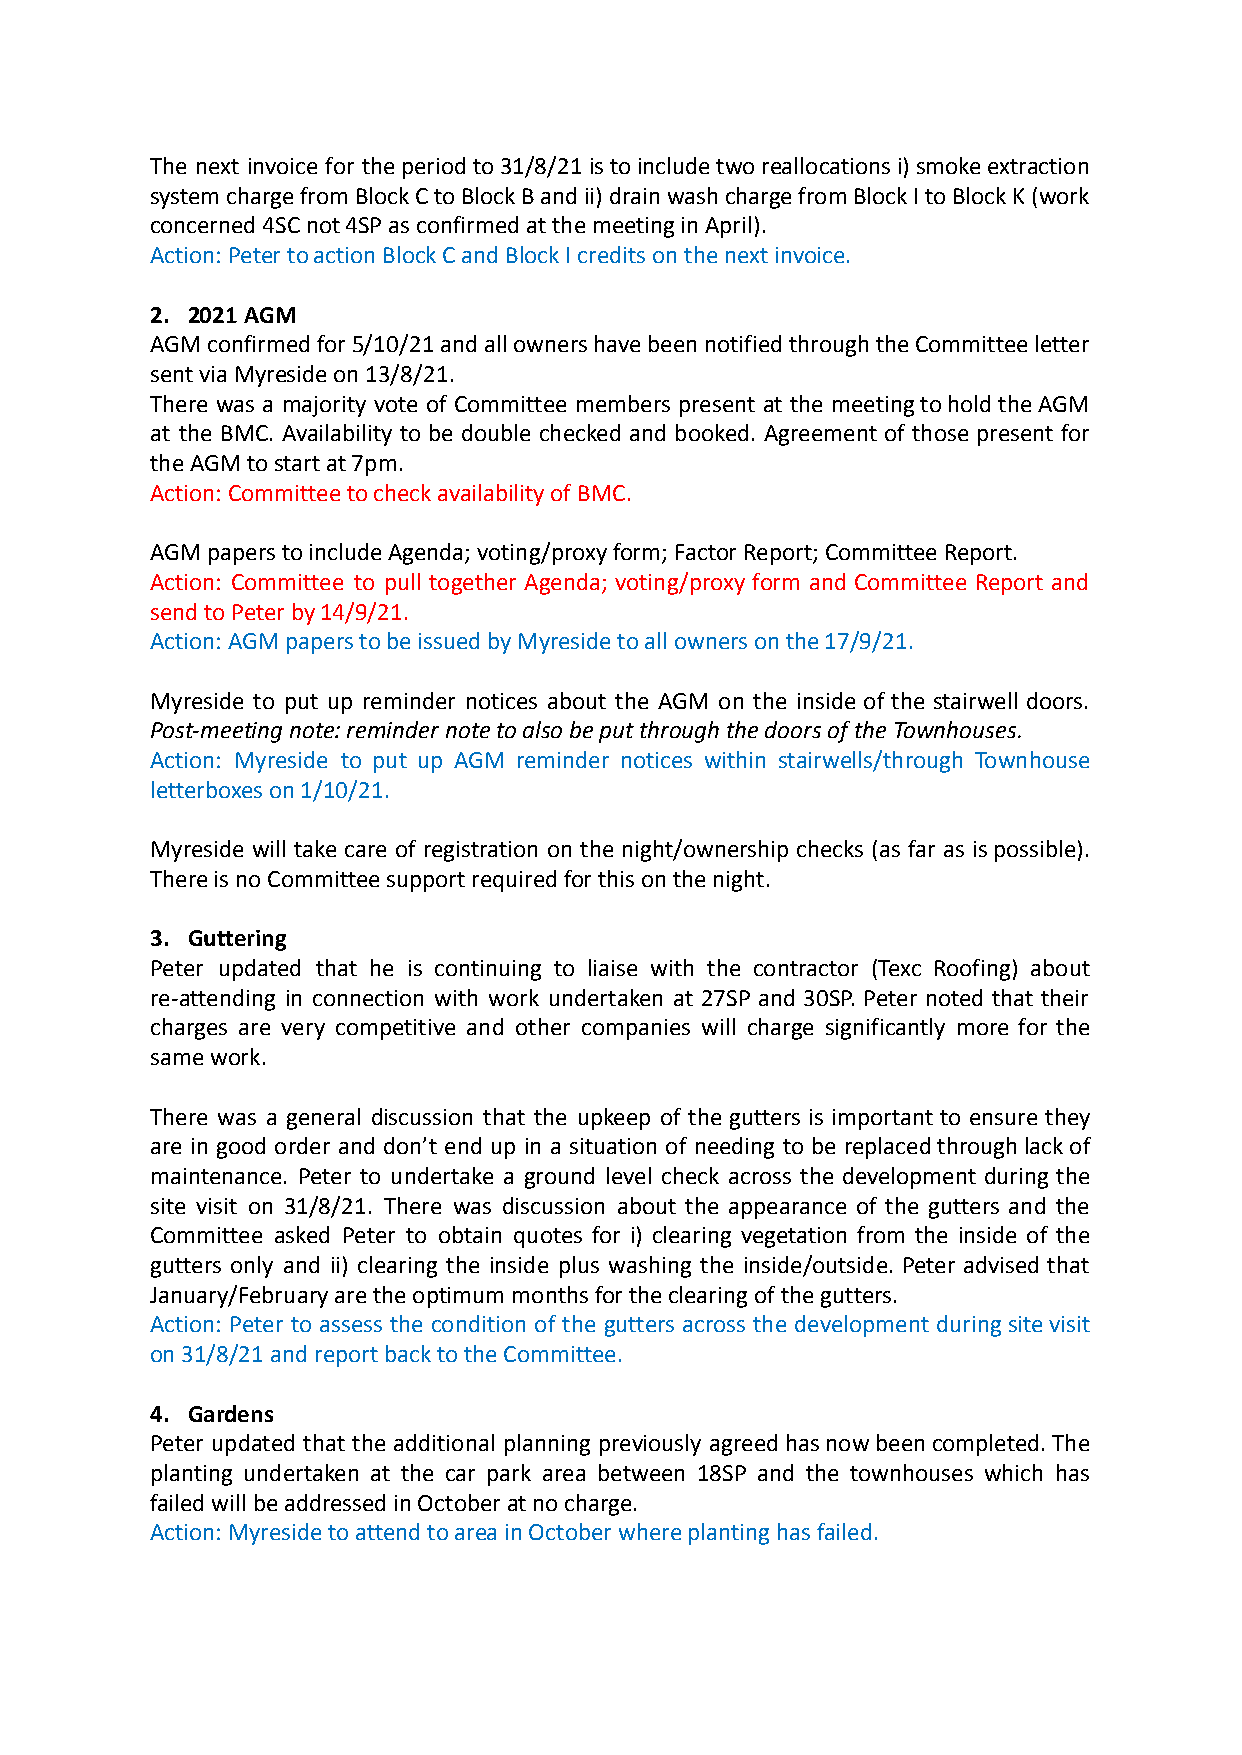
The next invoice for theperiodto31/8/21istoincludetworeallocationsi)smokeextraction
 systemchargefromBlockCtoBlockBandii)drainwashchargefromBlockItoBlockK(work
 concerned 4SC not 4SP as confirmed at the meeting in April).
 Action: Peter to action Block C and Block I credits on the next invoice.
 2. 2021 AGM
 AGMconfirmedfor5/10/21andallownershavebeennotifiedthroughtheCommitteeletter
 sent via Myreside on 13/8/21.
 There was a majority vote of Committee members present at the meetingtoholdtheAGM
 at the BMC. Availability to be double checked and booked. Agreement of those present for
 the AGM to start at 7pm.
 Action: Committee to check availability of BMC.
 AGM papers to include Agenda; voting/proxy form; Factor Report; Committee Report.
 Action: Committee to pull together Agenda; voting/proxy form and Committee Report and
 send to Peter by 14/9/21.
 Action: AGM papers to be issued by Myreside to all owners on the 17/9/21.
 Myreside to put up reminder notices about the AGM on the inside of the stairwell doors.
 Post-meeting note: reminder note to also be put through the doors of the Townhouses.
 Action: Myreside to put up AGM reminder notices within stairwells/through Townhouse
 letterboxes on 1/10/21.
 Myreside will take care of registration on the night/ownership checks (as far as ispossible).
 There is no Committee support required for this on the night.
 3. Guttering
 Peter updated that he is continuing to liaise with the contractor (Texc Roofing) about
 re-attending in connection with work undertaken at 27SP and 30SP. Peter noted that their
 charges are very competitive and other companies will charge significantly more for the
 same work.
 There was a general discussion that the upkeep of the gutters is important to ensure they
 are in good order and don’t end up in a situation of needing to be replacedthroughlackof
 maintenance. Peter to undertake a ground level check across the development during the
 site visit on 31/8/21. There was discussion about the appearance of the gutters and the
 Committee asked Peter to obtain quotes for i) clearing vegetation from the inside of the
 gutters only and ii) clearing the inside plus washing the inside/outside. Peter advised that
 January/February are the optimum months for the clearing of the gutters.
 Action: Peter to assess the condition of the gutters across the development duringsitevisit
 on 31/8/21 and report back to the Committee.
 4. Gardens
 Peter updated that the additional planning previously agreedhasnowbeencompleted.The
 planting undertaken at the car park area between 18SP and the townhouses which has
 failed will be addressed in October at no charge.
 Action: Myreside to attend to area in October where planting has failed.